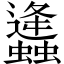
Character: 𧔧